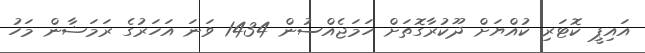
އައިޕީ ކޮޓަރި ކުއްޔަށް ދޫކުރާގޮތަށް ހަމަޖެއްސުން 1434 ވަނަ އަހަރުގެ ރަމަޟާން މަހު